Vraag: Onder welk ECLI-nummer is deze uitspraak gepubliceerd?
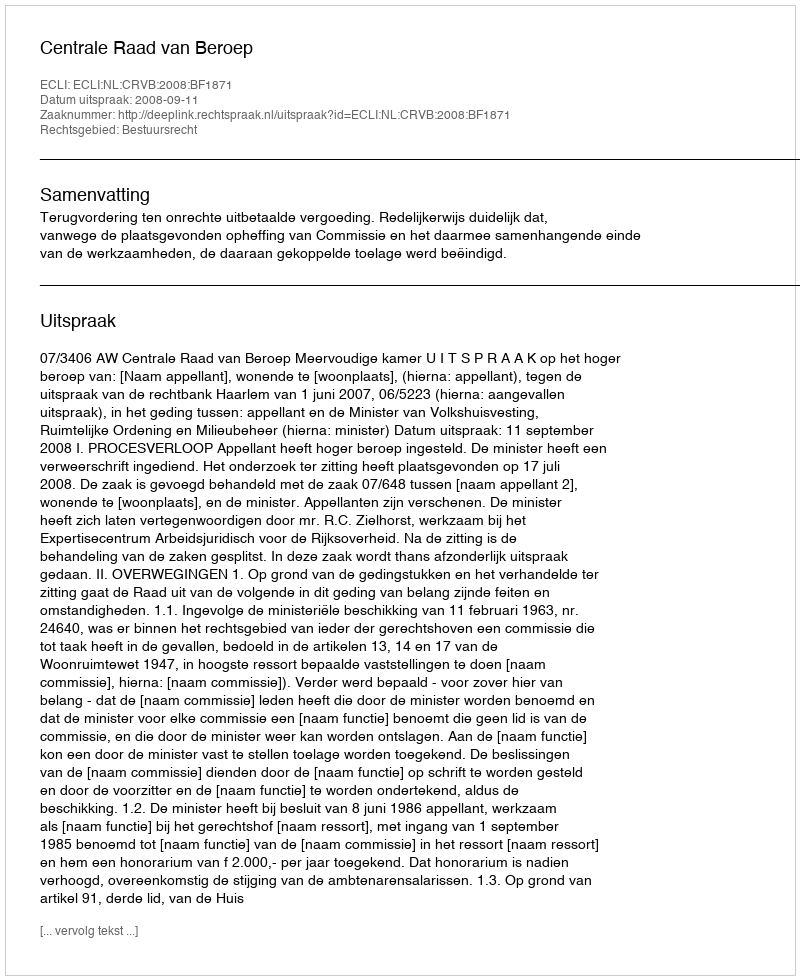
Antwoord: ECLI:NL:CRVB:2008:BF1871